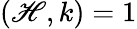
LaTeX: (\mathscr{H},k)=1